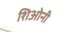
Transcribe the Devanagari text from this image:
शिओनी